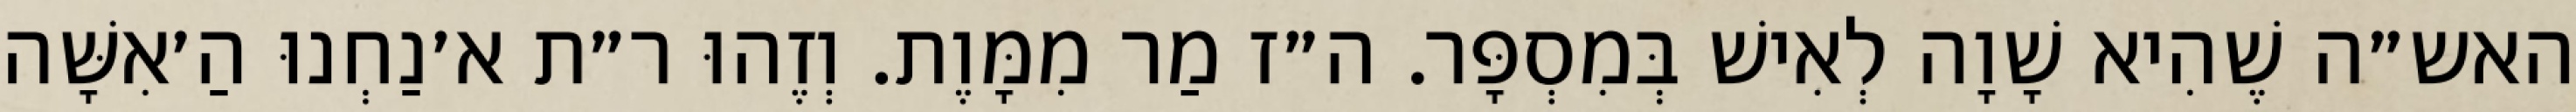
האש״ה שֶׁהִיא שָׁוָה לְאִישׁ בְּמִסְפָּר. ה״ז מַר מִמָּוֶת. וְזֶהוּ ר״ת א׳נַחְנוּ הַ׳אִשָּׁה